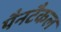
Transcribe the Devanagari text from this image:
पैनटैकल